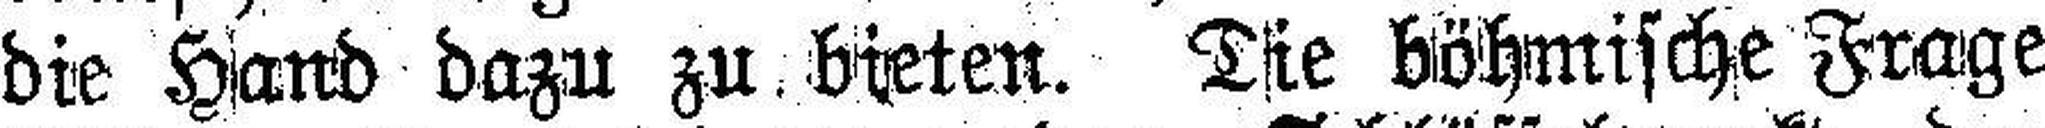
die Hand dazu zu bieten. Die böhmische Frage